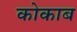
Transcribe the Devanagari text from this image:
कोकाब